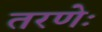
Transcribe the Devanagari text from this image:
तरणेः